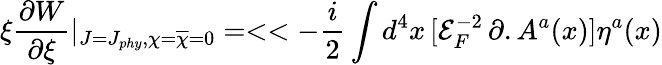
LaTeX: \xi\frac{\partial W}{\partial\xi}|_{J=J_{phy},\chi={\overline{{{\chi}}}}=0}=<<-\frac{i}{2}\int d^{4}x\, [{\mathcal{E}}_{F}^{-2}\, \partial.A^{a}(x)]\eta^{a}(x)